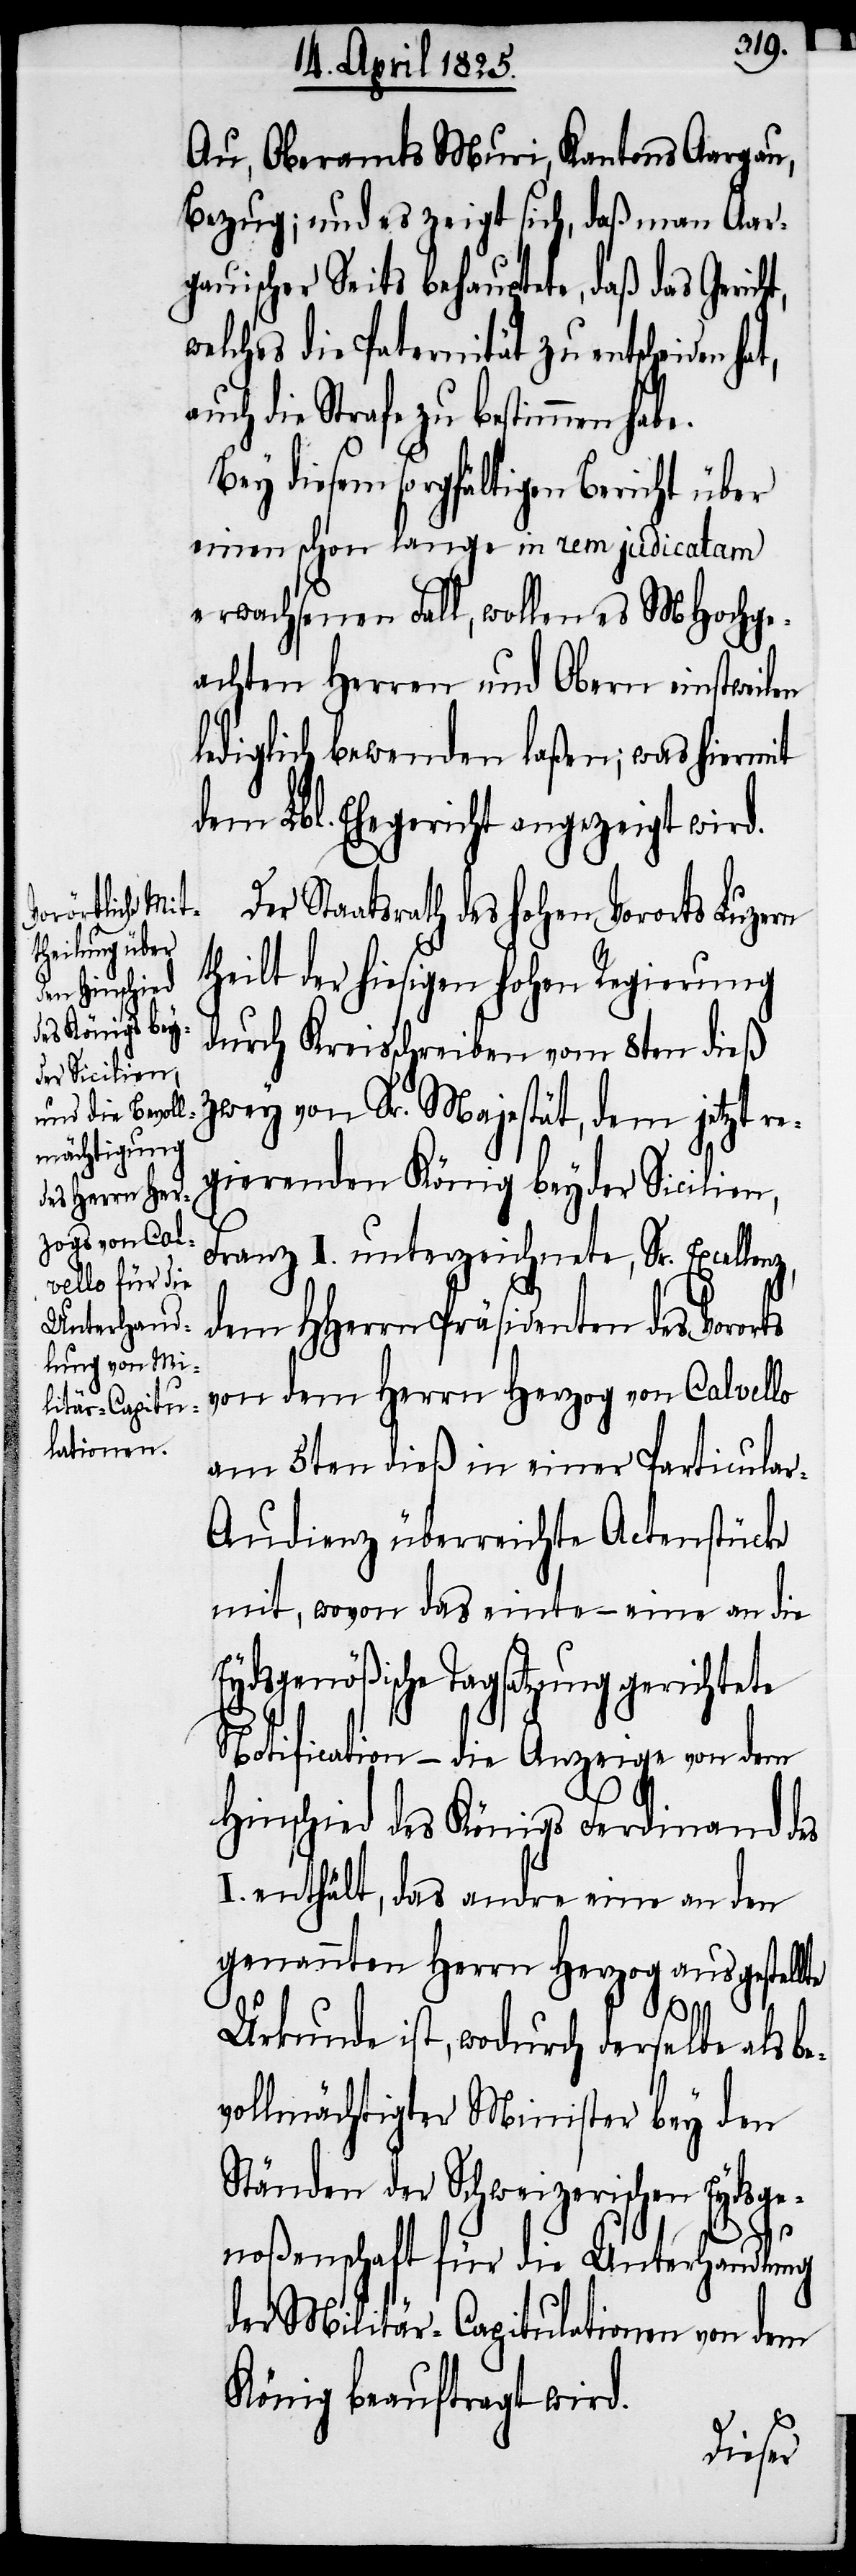
Au, Oberamts Muri, Kantons Aargau,
Bezug; und es zeigt sich, daß man Aar¬
gauischer Seits behauptete, daß das
welches die Paternität zu entscheiden
uch die Strafe zu bestimmen hab¬
Bey diesem sorgfältigen Bericht über
einen schon lange in rem judicatam
erwachsenen Fall, wollen es MHochge¬
achten Herren und Obern einstweilen
lediglich bewenden laßen; was hiermit
dem Lbl. Ehegericht angezeigt wird.
Der Staatsrath des hohen Vororts Luzern
theilt der hiesigen hohen Regierung
durch Kreisschreiben vom 8ten dieß
zwey von Sr. Majestät, dem jetzt re¬
gierenden König beyder Sicilien,
Franz I. unterzeichnete, Sr. Excellen¬
dem HHerrn Präsidenten des Vororts
von dem Herrn Herzog von Calvello
am 5ten dieß in einer Particula¬
r-Audienz überreichte Actenstücke
mit, wovon das einte – eine an die
Eydsgenößische Tagsatzung gerichtete
Notification – die Anzeige von dem
Hinschied des Königs Ferdinand des
I. enthält, das andre eine an den
genannten Herrn Herzog ausgestellte
z,
Urkunde ist, wodurch derselbe als be¬
vollmächtigter Minister bey den
Ständen der Schweizerischen Eydsge¬
noßenschaft für die Unterhandlung
der Militär-Capitulationen von dem
König beauftragt wird.